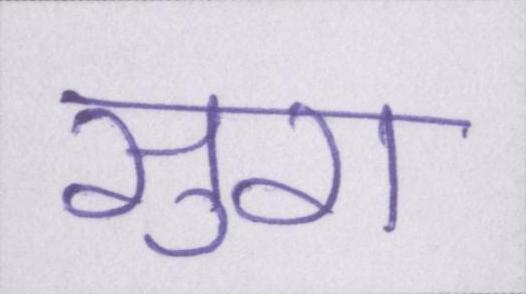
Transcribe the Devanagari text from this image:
सुरा